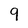
Character: 9